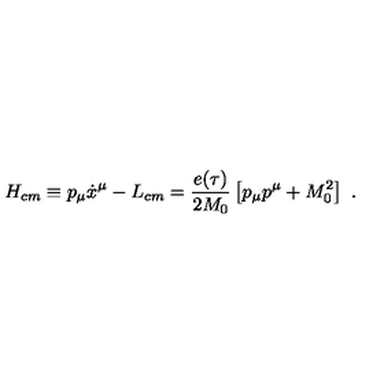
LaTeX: H _ { c m } \equiv p _ { \mu } \dot { x } ^ { \mu } - L _ { c m } = { \frac { e ( \tau ) } { 2 M _ { 0 } } } \left[ p _ { \mu } p ^ { \mu } + M _ { 0 } ^ { 2 } \right] \ .